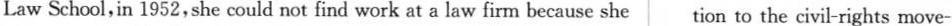
Law School,in 1952,she could not find work at a law firm because she tion to the civil-rights move-